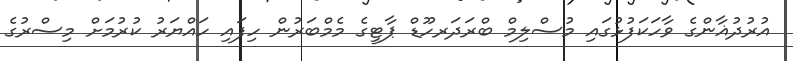
އުރުދުޣާންގެ ވާހަކަފުޅުގައި މުސްލިމް ބްރަދަރހޫޑް ޕާޓީގެ މެމްބަރުން ހިފައި ހައްޔަރު ކުރުމަށް މިސްރުގެ